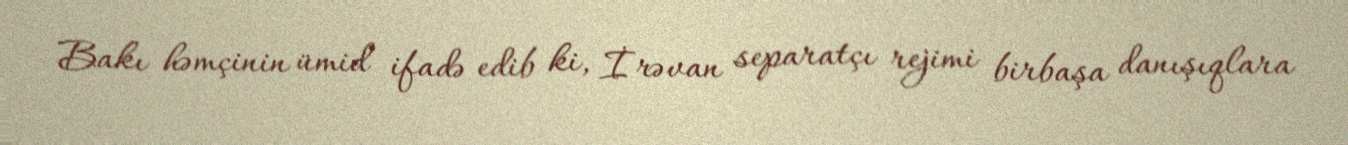
Bakı həmçinin ümid ifadə edib ki, İrəvan separatçı rejimi birbaşa danışıqlara